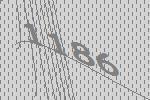
1186